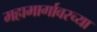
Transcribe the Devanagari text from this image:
महामार्गावरच्या